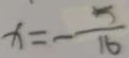
x = - \frac { 5 } { 1 6 }